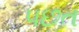
પછત